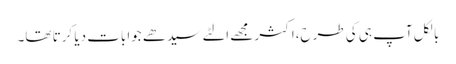
بالکل آپ ہی کی طرح،اکثر مجھے الٹے سیدھے جوابات دیا کرتا تھا۔